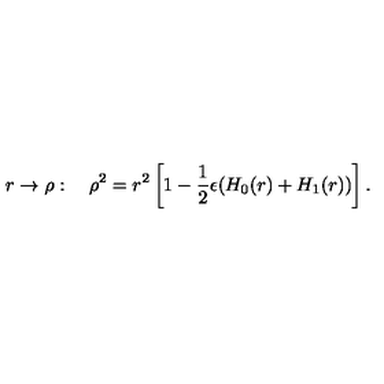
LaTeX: r \rightarrow \rho : \quad \rho ^ { 2 } = r ^ { 2 } \left[ 1 - \frac { 1 } { 2 } \epsilon ( H _ { 0 } ( r ) + H _ { 1 } ( r ) ) \right] .